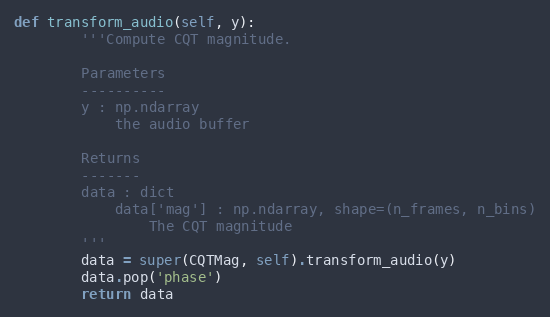
Language: Python
def transform_audio(self, y):
        '''Compute CQT magnitude.

        Parameters
        ----------
        y : np.ndarray
            the audio buffer

        Returns
        -------
        data : dict
            data['mag'] : np.ndarray, shape=(n_frames, n_bins)
                The CQT magnitude
        '''
        data = super(CQTMag, self).transform_audio(y)
        data.pop('phase')
        return data